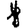
Digit: 1